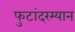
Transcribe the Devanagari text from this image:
फुटांदरम्यान